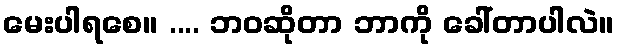
မေးပါရစေ။ .... ဘဝဆိုတာ ဘာကို ခေါ်တာပါလဲ။